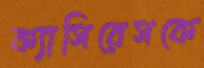
ক্যাসিরেসকে